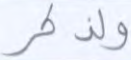
ولذكر